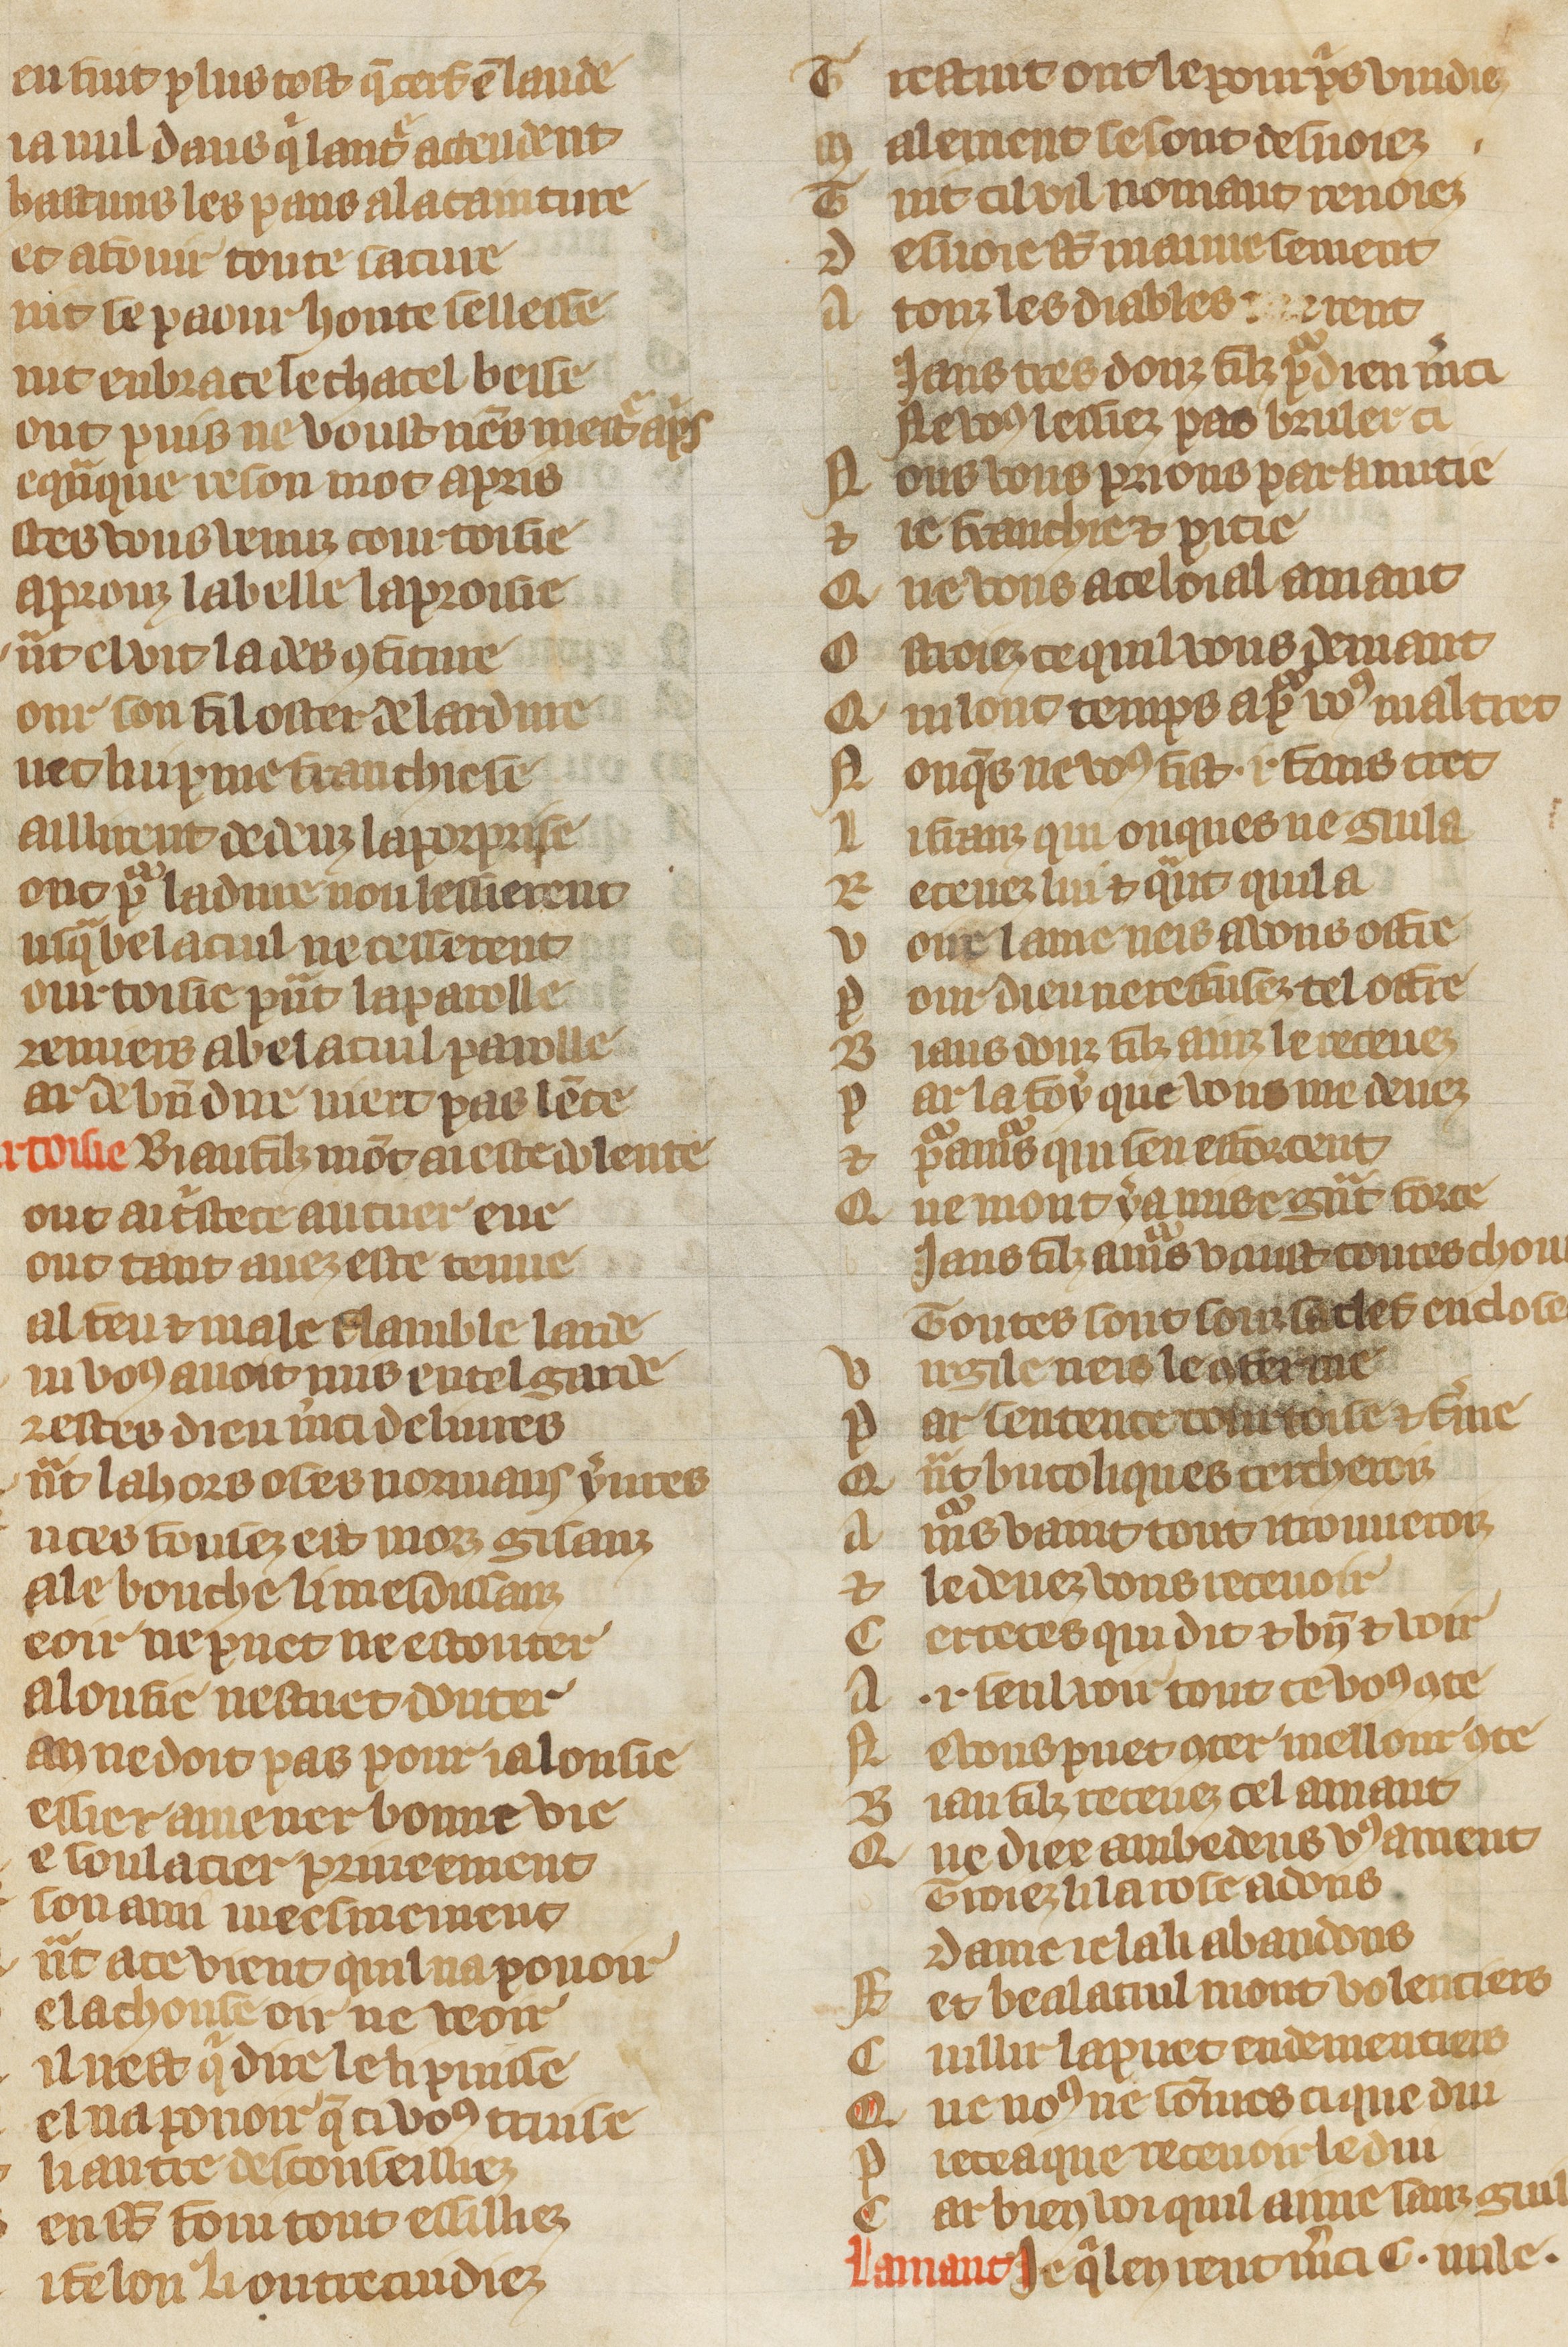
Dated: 1300–1349